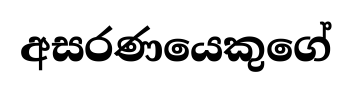
අසරණයෙකුගේ